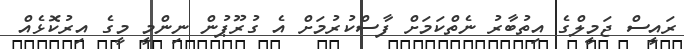
ރައީސް ޖަމީލްގެ އިތުބާރު ނެތްކަމަަށް ފާސްކުރުމަށް އެ ގުރޫޕުން ނިންމީ މީގެ އިރުކޮޅެއް